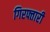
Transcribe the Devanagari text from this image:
गिरफ्तारी